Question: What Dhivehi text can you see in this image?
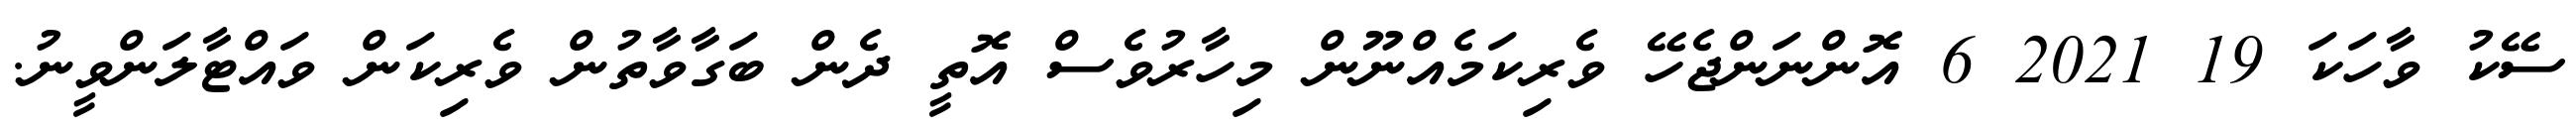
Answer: ސޭކު ވާހަކަ 19 2021 6 އޮންނަންޖެހޭ ވެރިކަމެއްނޫން މިހާރުވެސް އޮތީ ދެން ބަގާވާތުން ވެރިކަން ވައްޓާލަންވީނު.